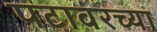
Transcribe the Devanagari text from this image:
पटावरच्या